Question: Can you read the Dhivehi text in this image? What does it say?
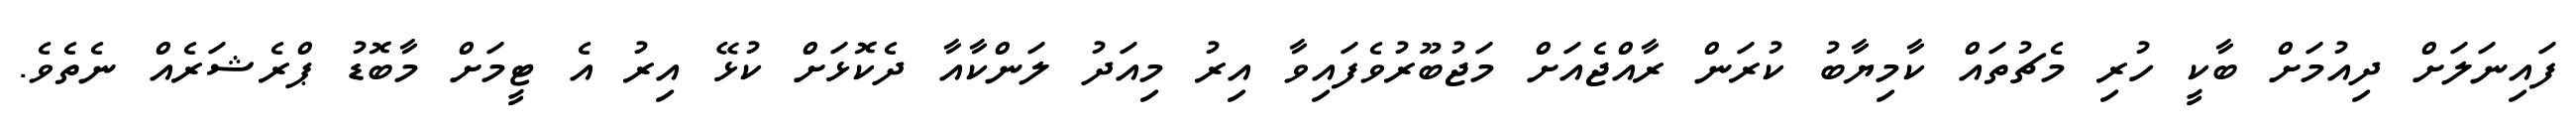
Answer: ފައިނަލަށް ދިއުމަށް ބާކީ ހުރި މެޗުތައް ކާމިޔާބު ކުރަން ރާއްޖެއަށް މަޖުބޫރުވެފައިވާ އިރު މިއަދު ލަންކާއާ ދެކޮޅަށް ކުޅޭ އިރު އެ ޓީމަށް މާބޮޑު ޕްރެޝަރެއް ނެތެވެ.